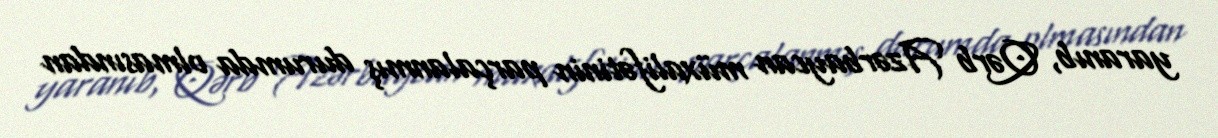
yaranıb, Qərb Azərbaycan müxalifətinin parçalanmış durumda olmasından